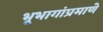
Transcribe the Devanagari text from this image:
भूभागांप्रमाणे